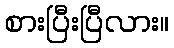
စားပြီးပြီလား။